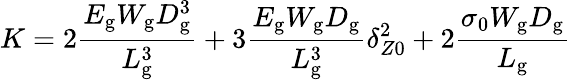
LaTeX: K=2\frac{{E_{\mathrm{g}}W_{\mathrm{g}}D_{\mathrm{g}}^{3}}}{{L_{\mathrm{g}}^{3}}}+3\frac{{E_{\mathrm{g}}W_{\mathrm{g}}D_{\mathrm{g}}}}{{L_{\mathrm{g}}^{3}}}\delta_{Z0}^{2}+2\frac{{{\sigma_{0}}W_{\mathrm{g}}D_{\mathrm{g}}}}{{L_{\mathrm{g}}}}